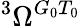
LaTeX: {}^{3}\Omega^{G_{0}T_{0}}